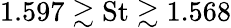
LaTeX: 1.597\gtrsim\textrm{St}\gtrsim 1.568